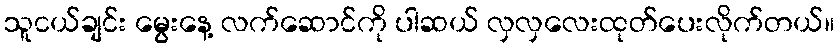
သူငယ်ချင်း မွေးနေ့ လက်ဆောင်ကို ပါဆယ် လှလှလေးထုတ်ပေးလိုက်တယ်။